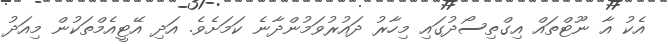
އެކު އާ ނޫޓްތައް އިގްތިސޯދުގައި މިހާރު ދައުރުވަމުންދާނެ ކަމަށެވެ. އަދި އޭޓީއެމްތަކުން މިއަދު